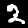
Digit: 2